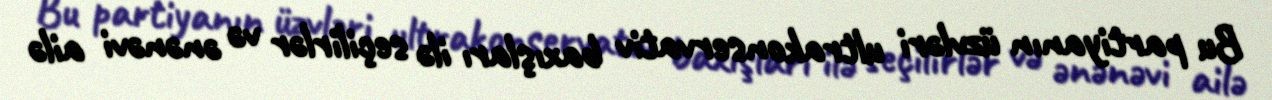
Bu partiyanın üzvləri ultrakonservativ baxışları ilə seçilirlər və ənənəvi ailə